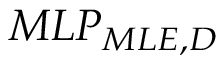
M L P _ { M L E , D }